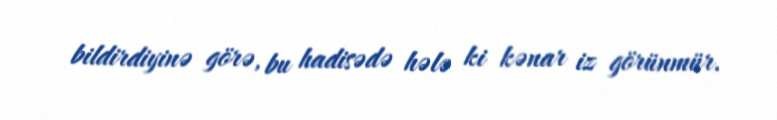
bildirdiyinə görə, bu hadisədə hələ ki kənar iz görünmür.